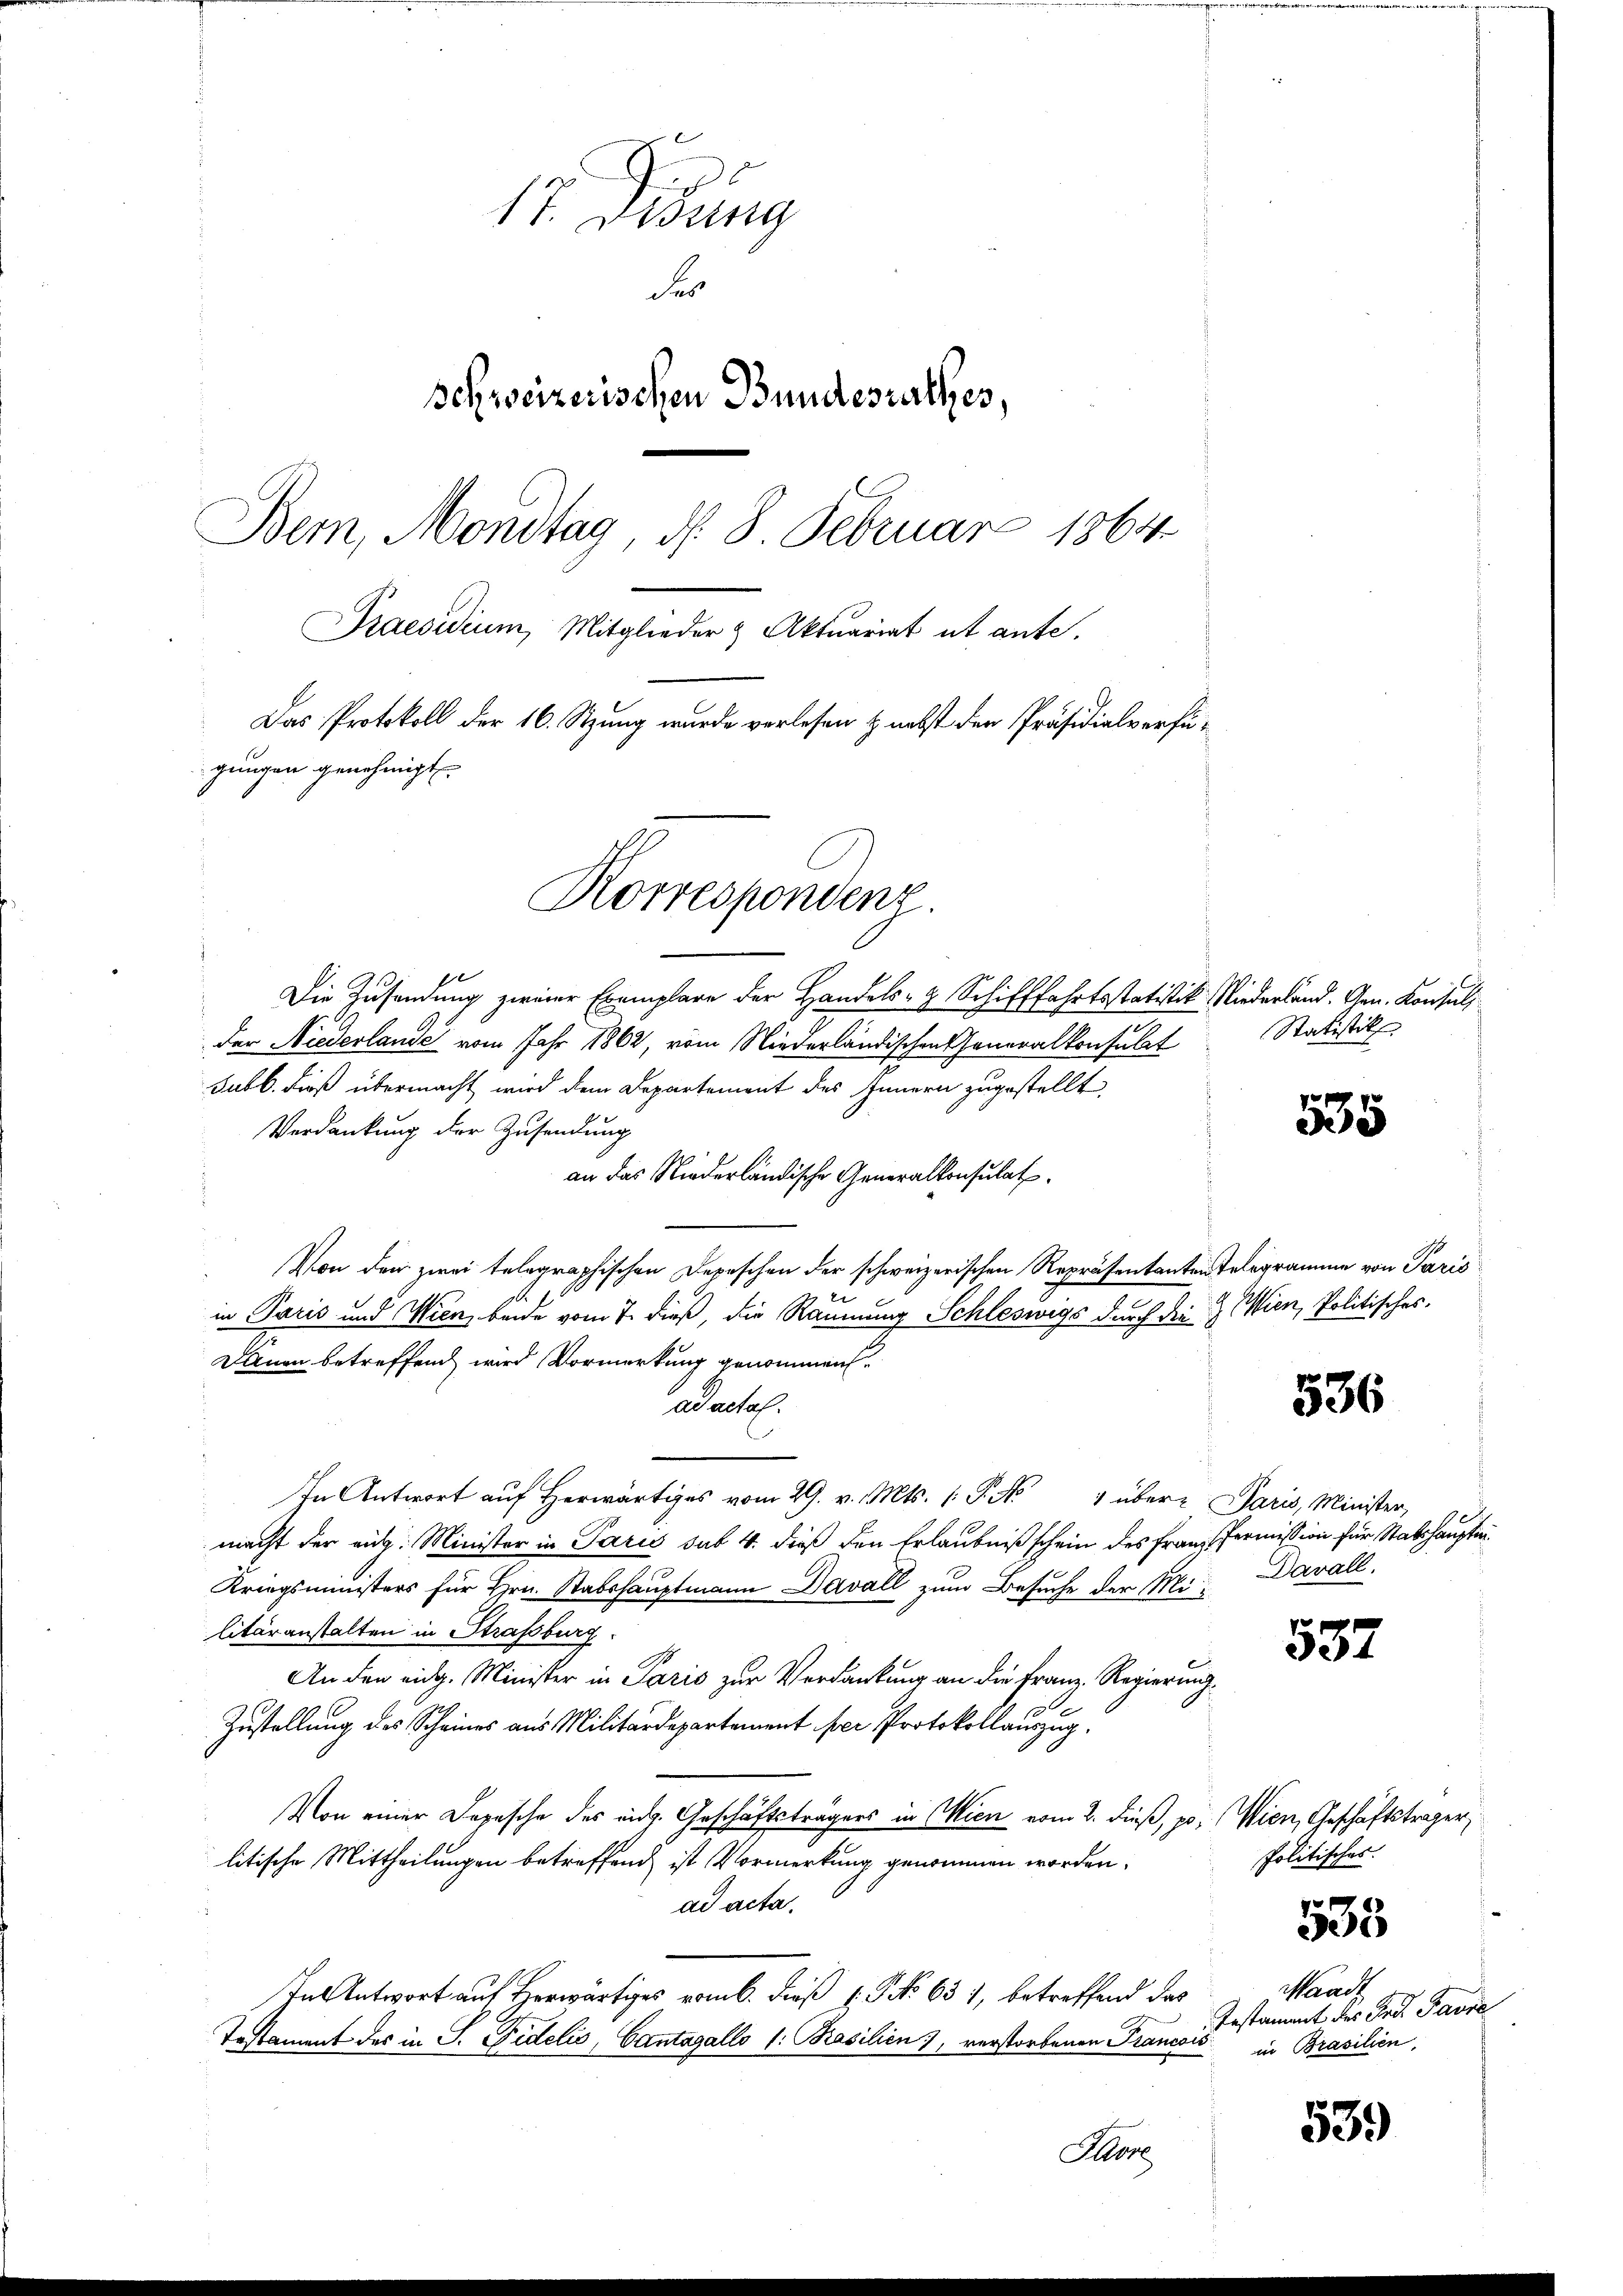
17. Debung
d
Schweizerischen Bundesrathes,
Bem, Mondtag N. 8. Februar 1864
Praesidium, Mitglieder & Aktuariat et ante.
Das Protokoll der 16. Stzung wurde verlesen & nebst den Präsidialverfügungen genehmigt.
Korrespondenz

e
Die Zusendung zweier Exemplare der Handels- & Schifffahrtsstatistik. Niederland. Gen. Konsul
der Niederlande vom Jahr 1862, vom Niederländischen Generalkonsulat Statistik
Subb. dieß übermacht wird dem Departement des Innern zugestellt,
Verdankung der Zusendung
an das Niederländische Generalkonsulat
Von den zwei telegraphischen Depeschen der schweizerischen Repräsentanten telegramme von Paris
u
in Paris und Wien, beide vom 7. dieß, die Räumung Schleswigs durch die Wien, Politisches.
Danen betreffend wird Vormerkung genommen.
adachah.
In Antwort auf Herwärtiges vom 29. v. Mts. (: P. No 4 über Paris, Minister,
macht der aus. Minister in Paris sub 4. dieß den Erlaubniß schein des Frau Permission für Stabshauptm.
Kriegsministers für Hrn. Stabshauptmann Davall zum Besuche der Nr. Davall
litäranstalten in Strassburg.
An den eidg. Minister in Paris zur Verdankung an die Franz Regierung
Zustellung des Scheines aus Militärdepartement per Protokollauszug.
Von einer Depesche des eidg. Geschäftsträgers in Wien vom 2. dieß, p. (Wien, Geschäftsträger,
litische Mittheilungen betreffend ist Vormerkung genommen worden.
ad acta.
In Antwort auf Herwärtiges vom b. dieß (NNo 631, betreffend das
Testament des in S. Fidelis, Cantagallo l: Basilien, verstorbenen Pranović in Brasilien,

1
5

536

587

Politisches.
533

539

Waadt
Testament des Tod. Favre